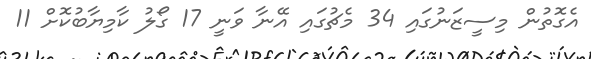
އެގޮތުން މިސީޒަނުގައި 34 މެޗުގައި އޭނާ ވަނީ 17 ގޯލު ކާމިޔާބުކޮށް 11